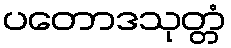
ပတောဒသုတ္တံ